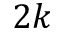
2 k